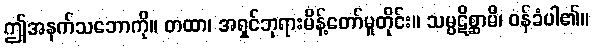
ဤအနက်သဘောကို။ တထာ၊ အရှင်ဘုရားမိန့်တော်မူတိုင်း။ သမ္ပဋိစ္ဆာမိ၊ ဝန်ခံပါ၏။